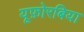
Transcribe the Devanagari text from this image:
यूफ़ोरबिया